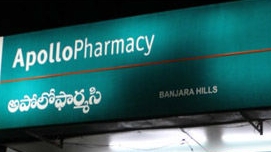
Language: telugu
Transcription: అపొలో ఫార్మసి